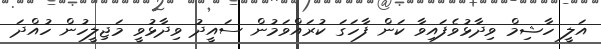
އަލީ ހާޝިމް ވިދާޅުވެފައިވާ ކަން ފާހަގަ ކުރައްވަމުން ސައީދު ވިދާާޅުވީ މަޖިލީހުން ހުއްދަ